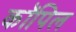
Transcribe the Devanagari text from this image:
कॉपिल